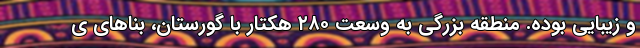
و زیبایی بوده. منطقه بزرگی به وسعت ۲۸۰ هکتار با گورستان، بناهای ی